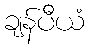
ချန်ပီယံ